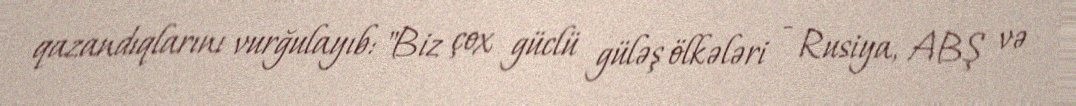
qazandıqlarını vurğulayıb: "Biz çox güclü güləş ölkələri - Rusiya, ABŞ və